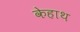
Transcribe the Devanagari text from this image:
केहाथ